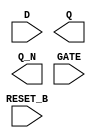
module sky130_fd_sc_lp__dlrbp (
    //# {{data|Data Signals}}
    input  D      ,
    output Q      ,
    output Q_N    ,

    //# {{control|Control Signals}}
    input  RESET_B,

    //# {{clocks|Clocking}}
    input  GATE
);

    // Voltage supply signals
    supply1 VPWR;
    supply0 VGND;
    supply1 VPB ;
    supply0 VNB ;

endmodule